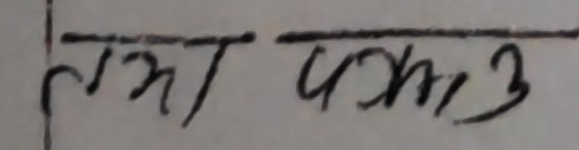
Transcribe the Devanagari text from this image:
लमा पञ्जम ३